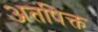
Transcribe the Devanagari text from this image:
अतपिक्त